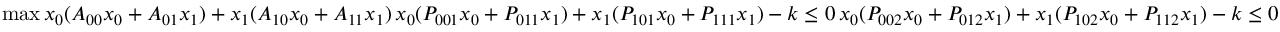
\operatorname* { m a x } x _ { 0 } ( A _ { 0 0 } x _ { 0 } + A _ { 0 1 } x _ { 1 } ) + x _ { 1 } ( A _ { 1 0 } x _ { 0 } + A _ { 1 1 } x _ { 1 } ) \, x _ { 0 } ( P _ { 0 0 1 } x _ { 0 } + P _ { 0 1 1 } x _ { 1 } ) + x _ { 1 } ( P _ { 1 0 1 } x _ { 0 } + P _ { 1 1 1 } x _ { 1 } ) - k \le 0 \, x _ { 0 } ( P _ { 0 0 2 } x _ { 0 } + P _ { 0 1 2 } x _ { 1 } ) + x _ { 1 } ( P _ { 1 0 2 } x _ { 0 } + P _ { 1 1 2 } x _ { 1 } ) - k \le 0